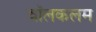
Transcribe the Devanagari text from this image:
वॉलकलम